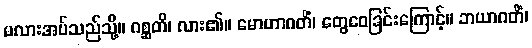
မလားအပ်သည်သို့။ ဂစ္ဆတိ၊ လား၏။ မောဟာဂတိံ၊ တွေဝေခြင်းကြောင့်။ ဘယာဂတိံ၊